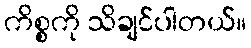
ကိစ္စကို သိချင်ပါတယ်။